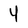
Character: 4